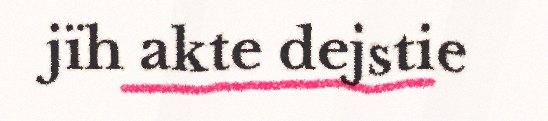
jïh akte dejstie